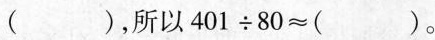
( )$$，所以$$4 0 1 \div 8 0 ≈ ( )$$。